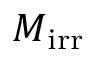
M _ { \mathrm { i r r } }